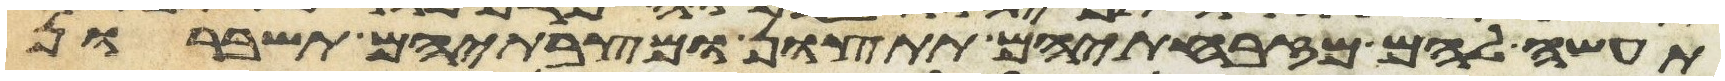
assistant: תעשה להם מזבחתיהם תתצון ומצבתיהם תשברון